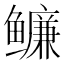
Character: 𬶶